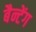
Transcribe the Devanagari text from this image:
बैन्टेंग